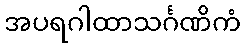
အပရဂါထာသင်္ဂဏိကံ